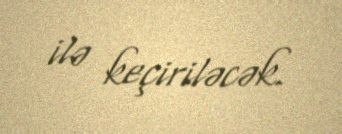
ilə keçiriləcək.